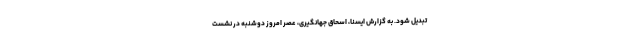
تبدیل شود. به گزارش ایسنا، اسحاق جهانگیری، عصر امروز دوشنبه در نشست